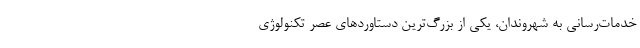
خدمات‌رسانی به شهروندان، یکی از بزرگ‌ترین دستاوردهای عصر تکنولوژی